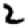
Digit: 2